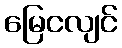
မြေငလျင်